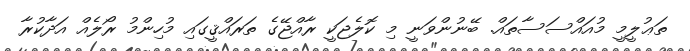
ތަޢުލީމީ މުއައްސަސާތައް. ބޭނުންވަނީ މި ކޮލެޖަކީ ރާއްޖޭގެ ތަރައްޤީގައި މުހިންމު ރޯލެއް އަދާކުރާ